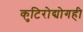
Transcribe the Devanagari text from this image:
कुटिरोद्योगही